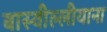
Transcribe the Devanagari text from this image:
बास्वील्लीयाना